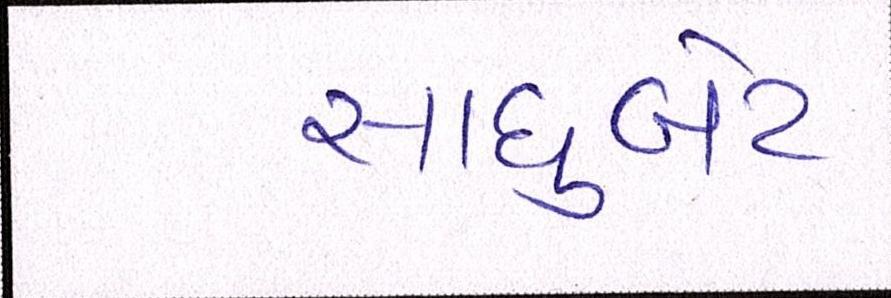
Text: સાધુબેટ